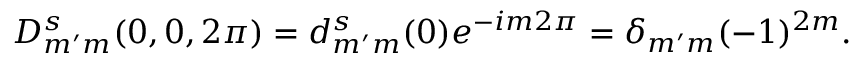
D _ { m ^ { \prime } m } ^ { s } ( 0 , 0 , 2 \pi ) = d _ { m ^ { \prime } m } ^ { s } ( 0 ) e ^ { - i m 2 \pi } = \delta _ { m ^ { \prime } m } ( - 1 ) ^ { 2 m } .